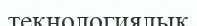
текнологиялық